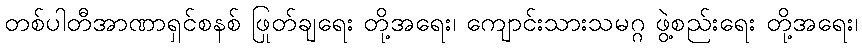
တစ်ပါတီအာဏာရှင်စနစ် ဖြုတ်ချရေး တို့အရေး၊ ကျောင်းသားသမဂ္ဂ ဖွဲ့စည်းရေး တို့အရေး၊